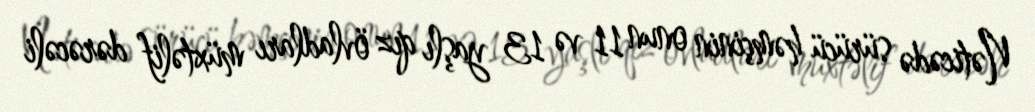
Nəticədə sürücü həmçinin onun 11 və 13 yaşlı qız övladları müxtəlif dərəcəli